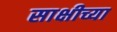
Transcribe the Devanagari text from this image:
साक्षीच्या